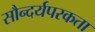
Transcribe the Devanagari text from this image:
सौन्दर्यपरकता